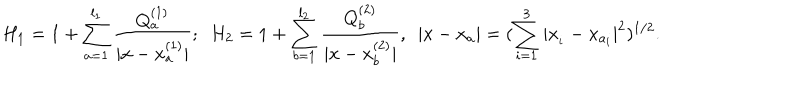
LaTeX: H _ { 1 } = 1 + \sum _ { a = 1 } ^ { l _ { 1 } } \frac { Q _ { a } ^ { ( 1 ) } } { | x - x _ { a } ^ { ( 1 ) } | } ; ~ ~ H _ { 2 } = 1 + \sum _ { b = 1 } ^ { l _ { 2 } } \frac { Q _ { b } ^ { ( 2 ) } } { | x - x _ { b } ^ { ( 2 ) } | } , ~ ~ | x - x _ { a } | = ( \sum _ { i = 1 } ^ { 3 } | x _ { _ { i } } - x _ { a _ { i } } | ^ { 2 } ) ^ { 1 / 2 } .